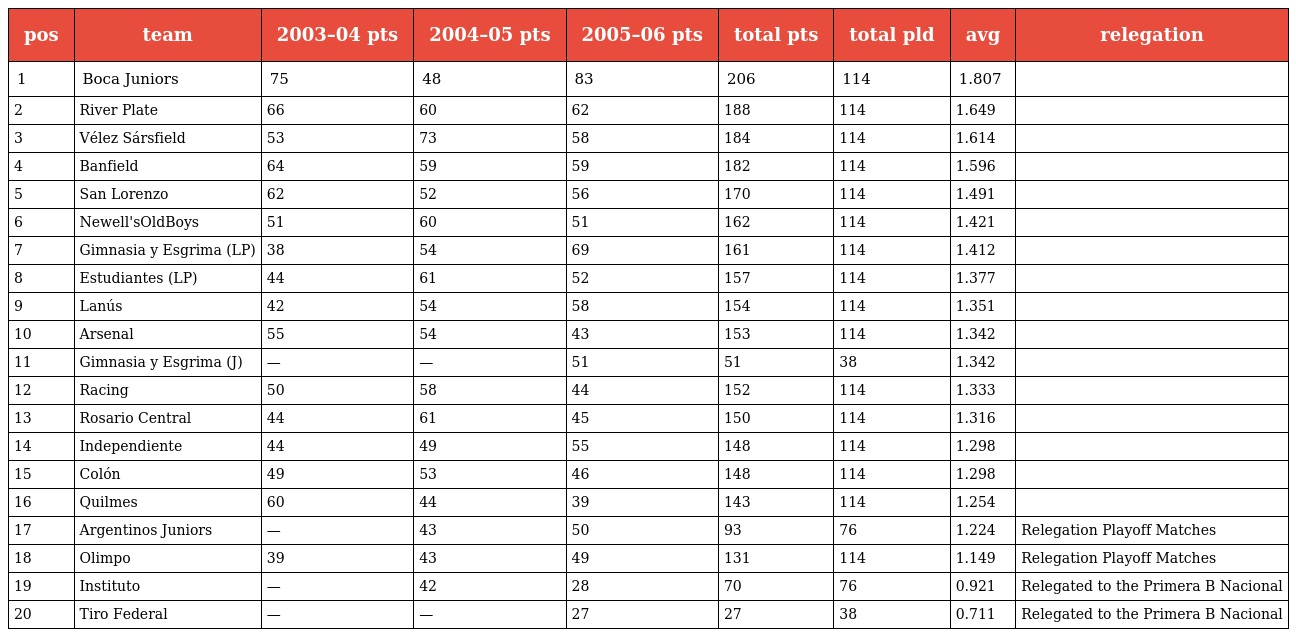
| pos | team | 2003–04 pts | 2004–05 pts | 2005–06 pts | total pts | total pld | avg | relegation |
 | --- | --- | --- | --- | --- | --- | --- | --- | --- |
 | 1 | Boca Juniors | 75 | 48 | 83 | 206 | 114 | 1.807 |  |
 | 2 | River Plate | 66 | 60 | 62 | 188 | 114 | 1.649 |  |
 | 3 | Vélez Sársfield | 53 | 73 | 58 | 184 | 114 | 1.614 |  |
 | 4 | Banfield | 64 | 59 | 59 | 182 | 114 | 1.596 |  |
 | 5 | San Lorenzo | 62 | 52 | 56 | 170 | 114 | 1.491 |  |
 | 6 | Newell'sOldBoys | 51 | 60 | 51 | 162 | 114 | 1.421 |  |
 | 7 | Gimnasia y Esgrima (LP) | 38 | 54 | 69 | 161 | 114 | 1.412 |  |
 | 8 | Estudiantes (LP) | 44 | 61 | 52 | 157 | 114 | 1.377 |  |
 | 9 | Lanús | 42 | 54 | 58 | 154 | 114 | 1.351 |  |
 | 10 | Arsenal | 55 | 54 | 43 | 153 | 114 | 1.342 |  |
 | 11 | Gimnasia y Esgrima (J) | — | — | 51 | 51 | 38 | 1.342 |  |
 | 12 | Racing | 50 | 58 | 44 | 152 | 114 | 1.333 |  |
 | 13 | Rosario Central | 44 | 61 | 45 | 150 | 114 | 1.316 |  |
 | 14 | Independiente | 44 | 49 | 55 | 148 | 114 | 1.298 |  |
 | 15 | Colón | 49 | 53 | 46 | 148 | 114 | 1.298 |  |
 | 16 | Quilmes | 60 | 44 | 39 | 143 | 114 | 1.254 |  |
 | 17 | Argentinos Juniors | — | 43 | 50 | 93 | 76 | 1.224 | Relegation Playoff Matches |
 | 18 | Olimpo | 39 | 43 | 49 | 131 | 114 | 1.149 | Relegation Playoff Matches |
 | 19 | Instituto | — | 42 | 28 | 70 | 76 | 0.921 | Relegated to the Primera B Nacional |
 | 20 | Tiro Federal | — | — | 27 | 27 | 38 | 0.711 | Relegated to the Primera B Nacional |